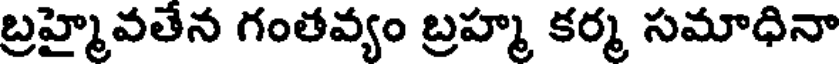
బ్రహ్మైవతేన గంతవ్యం బ్రహ్మ కర్మ సమాధినా